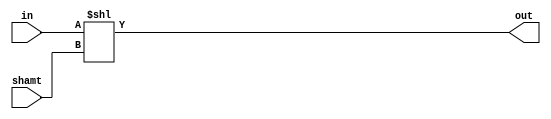
module Sll(in, shamt, out);

    // Implementation should be changed using mux, this is used temporarily

    input [15:0] in;
    input [15:0] shamt;
    output [15:0] out;

    assign out = in << shamt;

endmodule